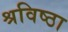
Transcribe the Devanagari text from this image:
श्रविष्ठा